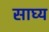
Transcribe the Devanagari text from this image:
साघ्य